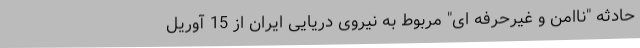
حادثه "ناامن و غیرحرفه ای" مربوط به نیروی دریایی ایران از 15 آوریل